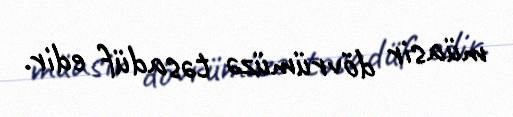
müasir dövrümüzə təsadüf edir.